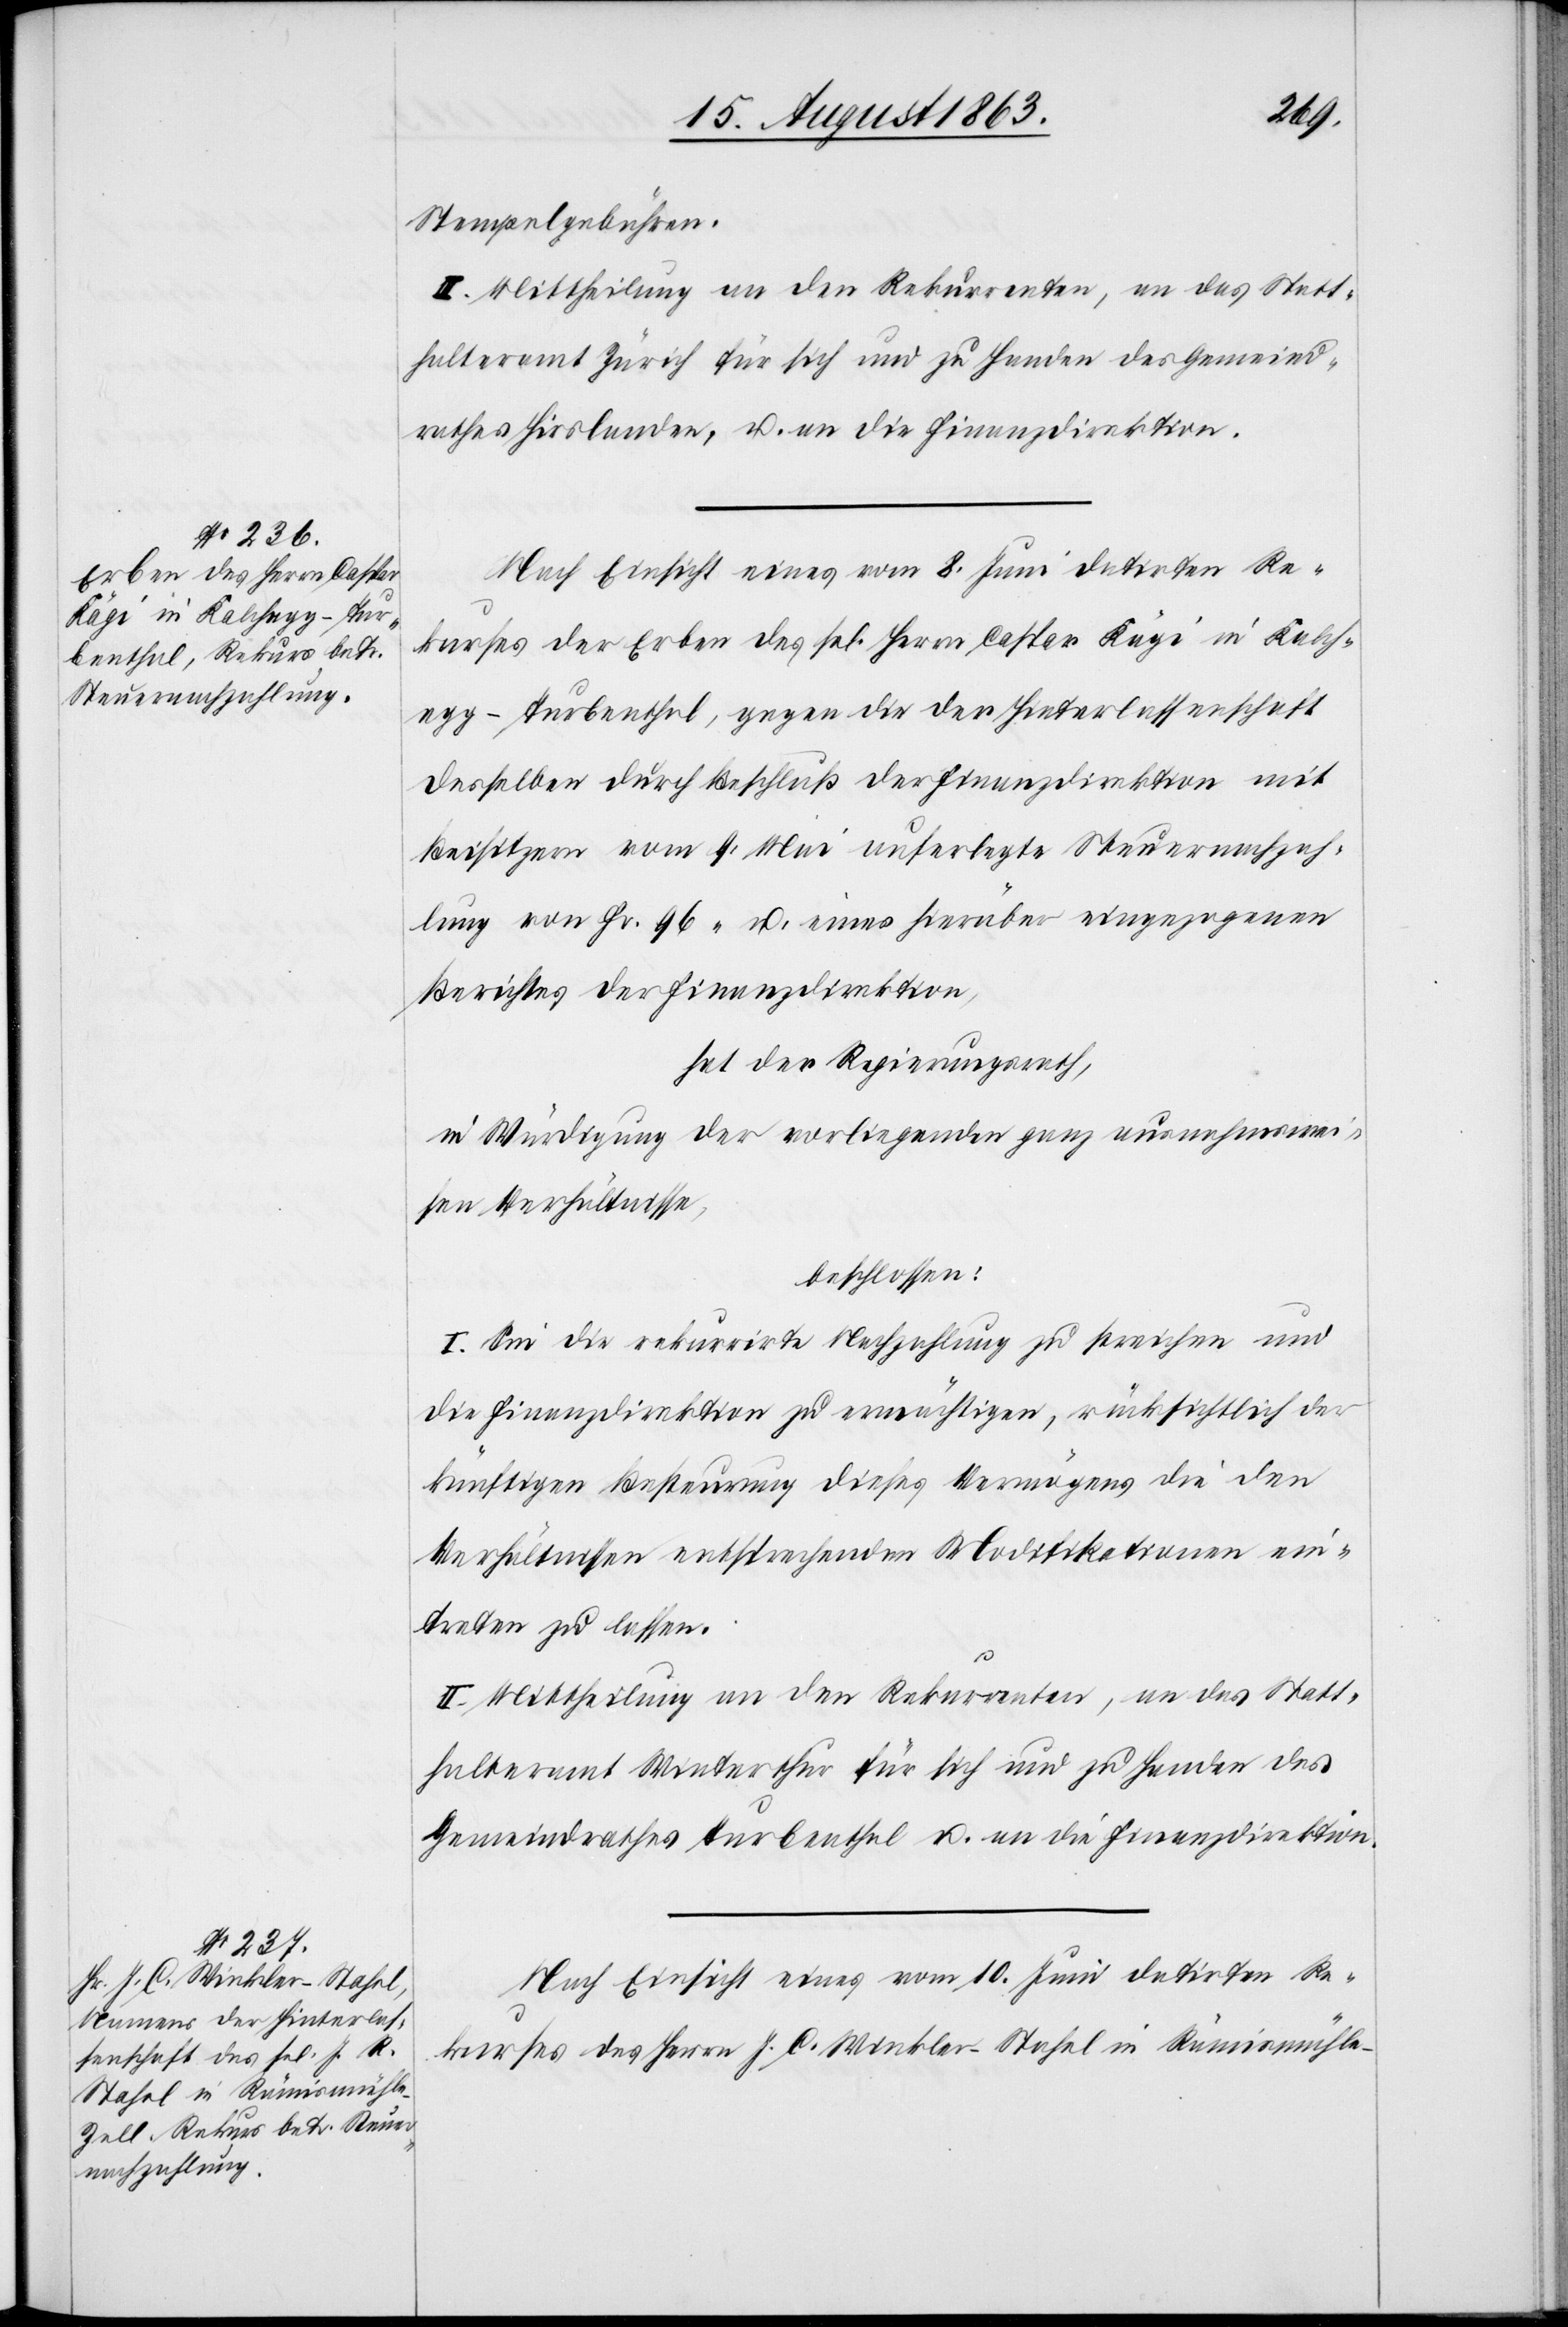
Stempelgebühren.
III. Mittheilung an den Rekurrenten, an das Statt¬
halteramt Zürich für sich und zu Handen des Gemeind¬
rathes Hirslanden, u. an die Finanzdirektion.
Nach Einsicht eines vom 8. Juni datirten Re¬
kurses der Erben des sel. Herrn Caspar Kägi in Kalch¬
egg-Turbenthal, gegen die der Hinterlassenschaft
desselben durch Beschluß der Finanzdirektion mit
Beisitzern vom 9. Mai auferlegte Steuernachzah¬
lung von Fr. 96. u. eines hierüber eingezogenen
Berichtes der Finanzdirektion,
hat der Regierungsrath,
in Würdigung der vorliegenden ganz ausnahmswei¬
sen Verhältnisse,
beschlossen:
I. Sei die rekurrirte Nachzahlung zu streichen und
die Finanzdirektion zu ermächtigen, rücksichtlich der
künftigen Besteurung dieses Vermögens die den
Verhältnissen entsprechenden Modifikationen ein¬
treten zu lassen.
II. Mittheilung an den Rekurrenten, an das Statt¬
halteramt Winterthur für sich und zu Handen des
Gemeindrathes Turbenthal u. an die Finanzdirektion.
Nach Einsicht eines vom 10. Juni datirten Re¬
kurses des Herrn J. C. Winkler-Stahel in Rämismühle-